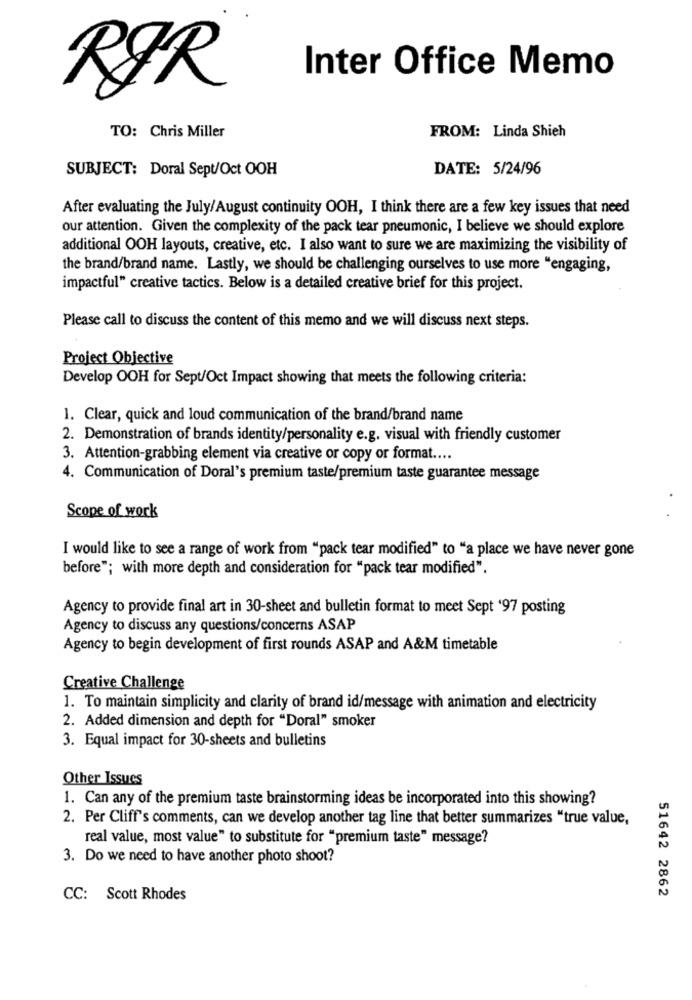
Inter Office Memo
RØR
FROM: Linda Shieh
TO: Chris Miller
SUBJECT: Doral Sept/Oct OOH
DATE: 5/24/96
After evaluating the July/August continuity OOH, I think there are a few key issues that need
our attention. Given the complexity of the pack tear pneumonic, I believe we should explore
additional OOH layouts, creative, etc. I also want to sure we are maximizing the visibility of
the brand/brand name. Lastly, we should be challenging ourselves to use more "engaging,
impactful" creative tactics. Below is a detailed creative brief for this project.
Please call to discuss the content of this memo and we will discuss next steps.
Project Objective
Develop OOH for Sept/Oct Impact showing that meets the following criteria:
1. Clear, quick and loud communication of the brand/brand name
2. Demonstration of brands identity/personality e.g. visual with friendly customer
3. Attention-grabbing element via creative or copy or format ....
4. Communication of Doral's premium taste/premium taste guarantee message
Scope of work
I would like to see a range of work from "pack tear modified" to "a place we have never gone
before"; with more depth and consideration for "pack tear modified".
Agency to provide final art in 30-sheet and bulletin format to meet Sept '97 posting
Agency to discuss any questions/concerns ASAP
Agency to begin development of first rounds ASAP and A&M timetable
Creative Challenge
1. To maintain simplicity and clarity of brand id/message with animation and electricity
2. Added dimension and depth for "Doral" smoker
3. Equal impact for 30-sheets and bulletins
Other Issues
1. Can any of the premium taste brainstorming ideas be incorporated into this showing?
2. Per Cliff's comments, can we develop another tag line that better summarizes "true value,
real value, most value" to substitute for "premium taste" message?
3. Do we need to have another photo shoot?
51642 2862
CC: Scott Rhodes